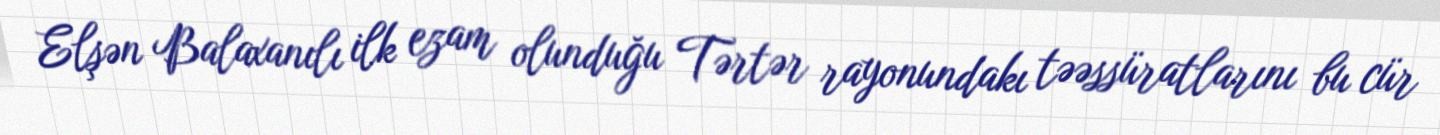
Elşən Balaxanılı ilk ezam olunduğu Tərtər rayonundakı təəssüratlarını bu cür